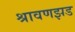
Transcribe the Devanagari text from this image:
श्रावणझड